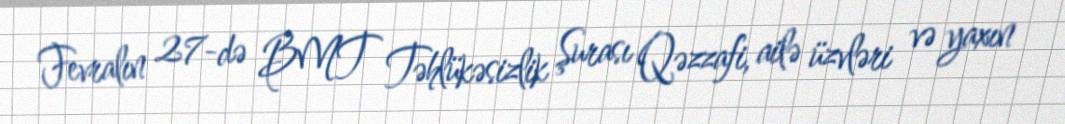
Fevralın 27-də BMT Təhlükəsizlik Şurası Qəzzafi, ailə üzvləri və yaxın